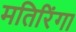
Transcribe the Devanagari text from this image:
मतिरिंगा